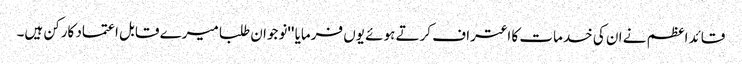
قائد اعظم نے ان کی خدمات کا اعتراف کرتے ہوئے یوں فرمایا ''نوجوان طلبا میرے قابل اعتماد کارکن ہیں۔